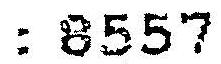
: 8557